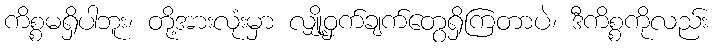
ကိစ္စမရှိပါဘူး၊ တို့အားလုံးမှာ လျှို့ဝှက်ချက်တွေရှိကြတာပဲ၊ ဒီကိစ္စကိုလည်း